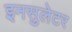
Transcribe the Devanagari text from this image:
इनसुलेटर